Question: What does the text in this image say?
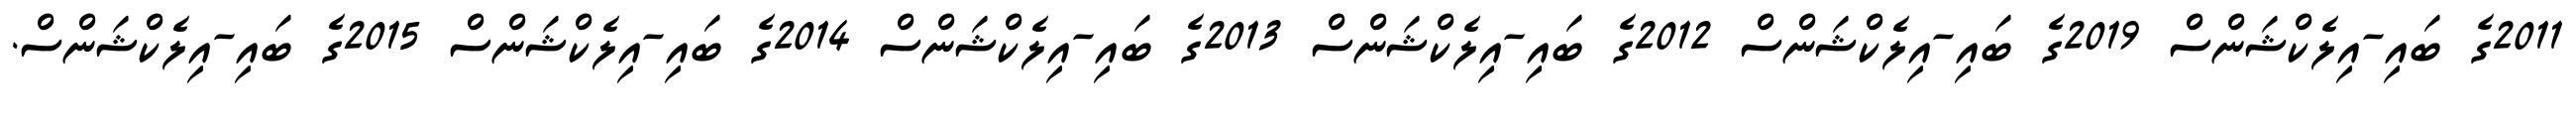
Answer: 2011ގެ ބައި-އިލެކްޝަންސް 2019ގެ ބައި-އިލެކްޝަންސް 2012ގެ ބައި-އިލެކްޝަންސް 2013ގެ ބައި-އިލެކްޝަންސް 2014ގެ ބައި-އިލެކްޝަންސް 2015ގެ ބައި-އިލެކްޝަންސް.